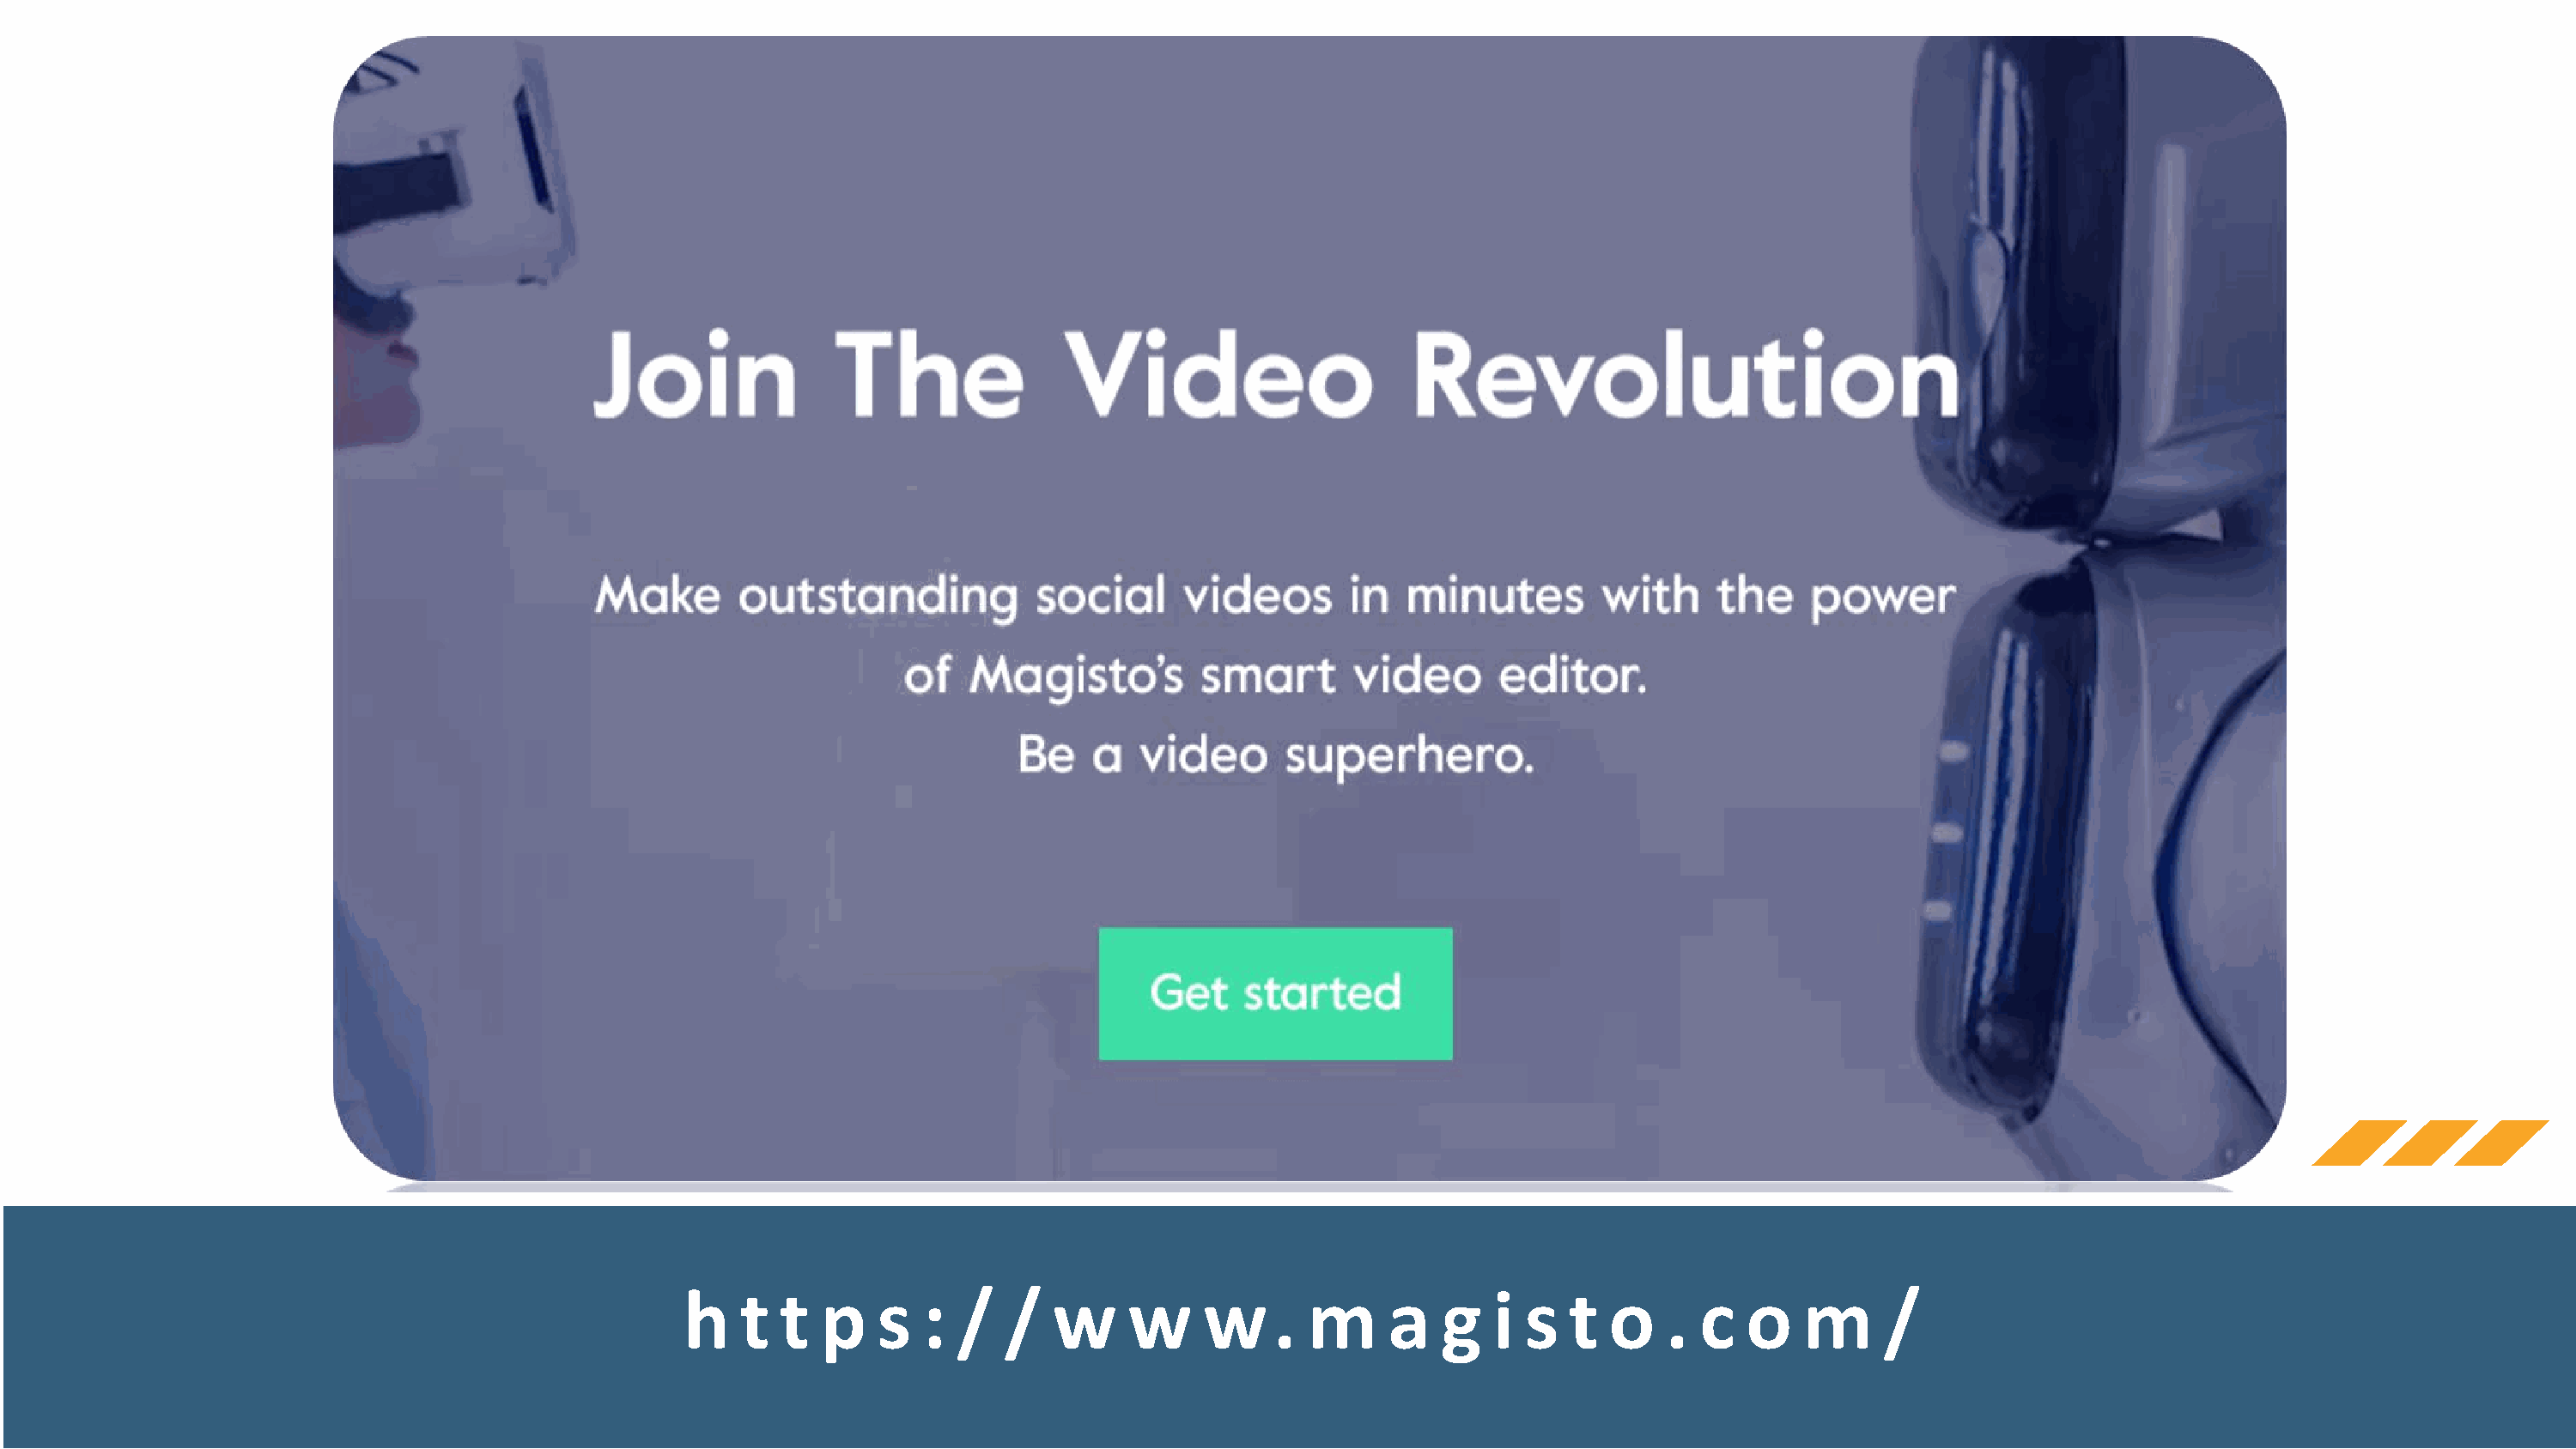
h   t  t  p    s  :  /  /   w     w     w    .  m     a   g   i  s  t  o   .  c   o   m     /